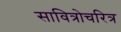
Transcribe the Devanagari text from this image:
सावित्रोचरित्र